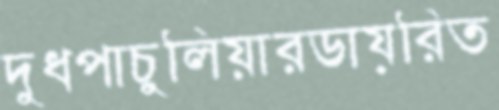
দুধপাচুলিয়ারডায়রিত